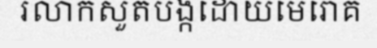
រលាកសួតបង្កដោយមេរោគ